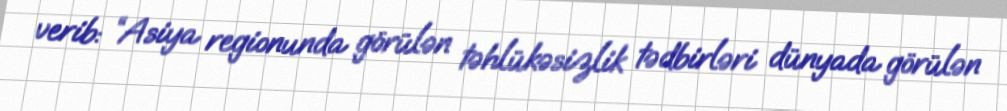
verib: “Asiya regionunda görülən təhlükəsizlik tədbirləri dünyada görülən